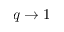
q \rightarrow 1